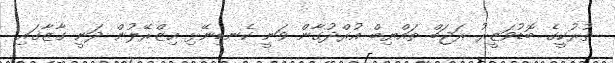
ތުރުކީގެ ބޮޑުވަޒީރު ރަޖަބް ތައްޔިބް އުރްދުގާން ވަނީ ކެނޑިނޭޅި އިޒްރޭލުން ދަނީ ގާޒާގައި